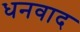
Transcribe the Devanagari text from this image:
धनवाद